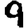
Digit: 9